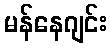
မန်နေဂျင်း